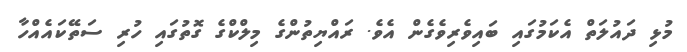
މުޅި ދައުލަތް އެކަމުގައި ބައިވެރިވެގެން އެވެ. ރައްޔިތުންގެ މިލްކްގެ ގޮތުގައި ހުރި ސަތޭކައެއްހާ